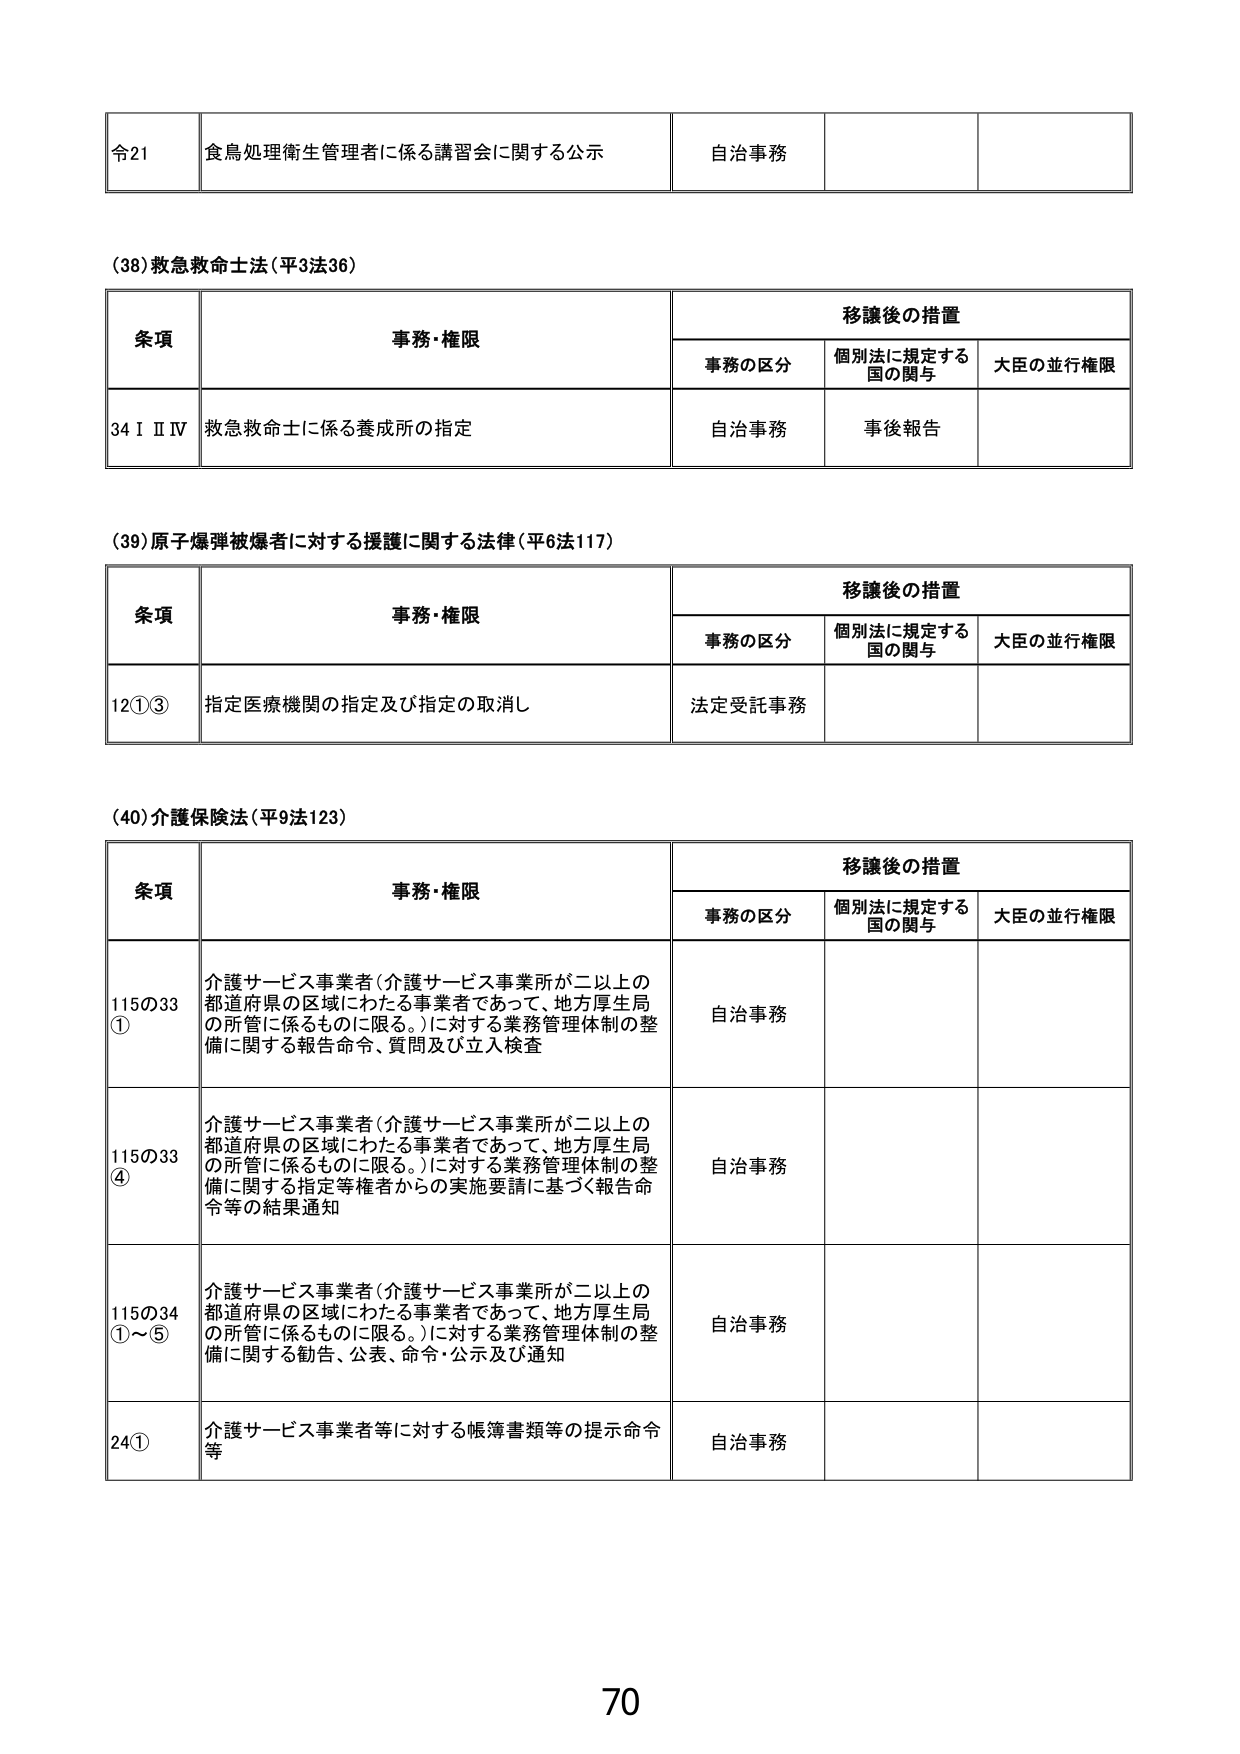
令21 食鳥処理衛生管理者に係る講習会に関する公示 自治事務

(38)救急救命士法（平3法36）

条項 事務・権限 移譲後の措置
　　事務の区分 個別法に規定する国の関与 大臣の並行権限
34ⅠⅡⅣ 救急救命士に係る養成所の指定 自治事務 事後報告

(39)原子爆弾被爆者に対する援護に関する法律（平6法117）

条項 事務・権限 移譲後の措置
　　事務の区分 個別法に規定する国の関与 大臣の並行権限
12①③ 指定医療機関の指定及び指定の取消し 法定受託事務

(40)介護保険法（平9法123）

条項 事務・権限 移譲後の措置
　　事務の区分 個別法に規定する国の関与 大臣の並行権限
115の33① 介護サービス事業者（介護サービス事業所が二以上の都道府県の区域にわたる事業者であって、地方厚生局の所管に係るものに限る。）に対する業務管理体制の整備に関する報告命令、質問及び立入検査 自治事務
115の33④ 介護サービス事業者（介護サービス事業所が二以上の都道府県の区域にわたる事業者であって、地方厚生局の所管に係るものに限る。）に対する業務管理体制の整備に関する指定等権者からの実施要請に基づく報告命令等の結果通知 自治事務
115の34①～⑤ 介護サービス事業者（介護サービス事業所が二以上の都道府県の区域にわたる事業者であって、地方厚生局の所管に係るものに限る。）に対する業務管理体制の整備に関する勧告、公表、命令・公示及び通知 自治事務
24① 介護サービス事業者等に対する帳簿書類等の提示命令等 自治事務

70